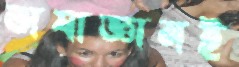
ভাষাজ্ঞানই